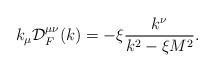
LaTeX: \begin{align*}k_{\mu}{\cal D}^{\mu\nu}_F(k) = -\xi\frac{k^{\nu}}{k^2-\xi M^2}.\end{align*}